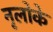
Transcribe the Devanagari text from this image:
नृलोके